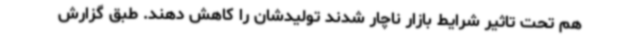
هم تحت تاثیر شرایط بازار ناچار شدند تولیدشان را کاهش دهند. طبق گزارش